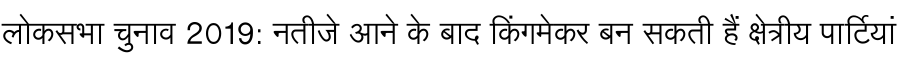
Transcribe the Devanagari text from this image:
लोकसभा चुनाव 2019: नतीजे आने के बाद किंगमेकर बन सकती हैं क्षेत्रीय पार्टियां